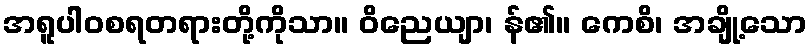
အရူပါဝစရတရားတို့ကိုသာ။ ဝိညေယျာ၊ န်၏။ ကေစိ၊ အချို့သော